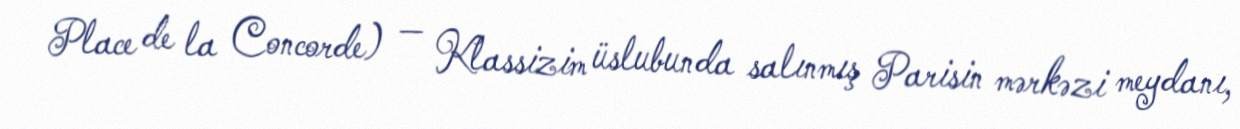
Place de la Concorde) — Klassizim üslubunda salınmış Parisin mərkəzi meydanı,